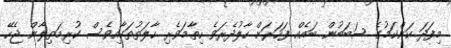
މިފަދަ ކަންކަމުގެ ސަބަބުން ބައެއް ފަހަރަށް ހާލުދެރަވެ ހިތާމަވެރި ހާލަތުތަކާއިވެސް ކުރިމަތިލާން ޖެހޭ